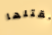
نقتلها